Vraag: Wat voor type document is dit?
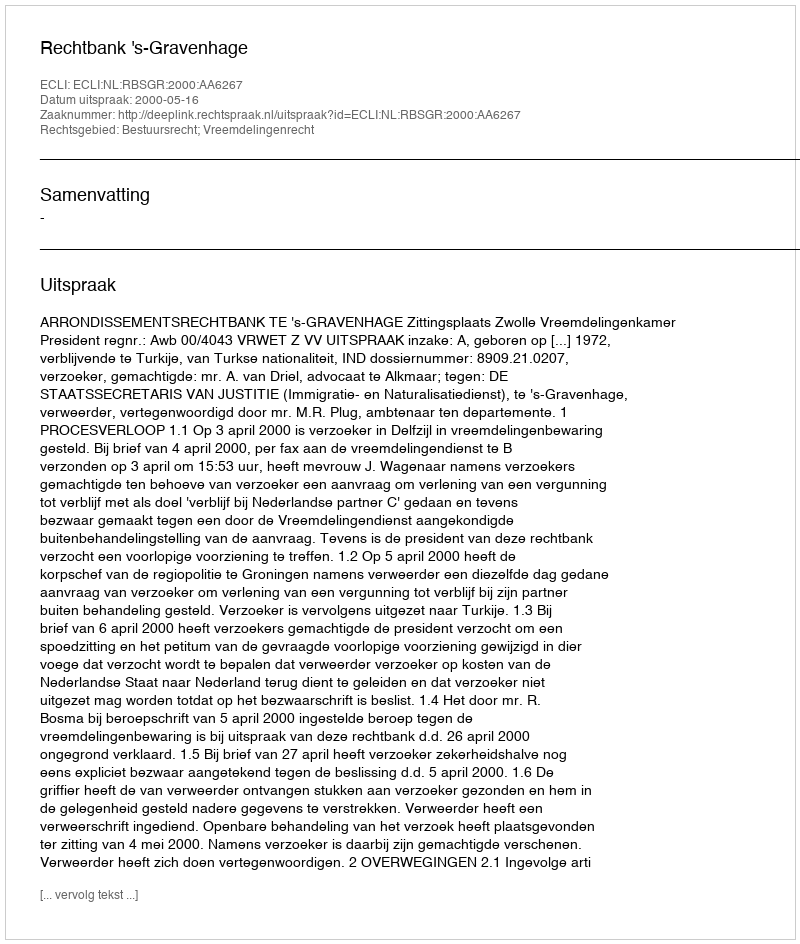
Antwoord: Uitspraak